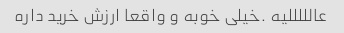
عالللللیه .خیلی خوبه و واقعا ارزش خرید داره